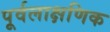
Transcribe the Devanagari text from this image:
पूर्वलाक्षणिक